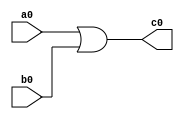
`timescale 1ns / 1ps
//////////////////////////////////////////////////////////////////////////////////
// Company: 
// 
// Design Name: Structural Modeling
// Module Name: full_subtractor
// Project Name: 
// Target Devices: 
// Tool Versions: 
// Description: 
// 
// Dependencies: 
// 
// Revision:
// Revision 0.01 - File Created
// Additional Comments:
// 
//////////////////////////////////////////////////////////////////////////////////


module or_gate(a0, b0, c0);
input a0, b0;
output c0;
assign c0 = a0 | b0;
endmodule


module xor_gate(a1, b1, c1);
input a1, b1;
output c1;
assign c1 = a1 ^ b1;
endmodule


module and_gate(a2, b2, c2);
input a2, b2;
output c2;
assign c2 = a2 & b2;
endmodule


module not_gate(a3, b3);
input a3;
output b3;
assign b3 = ~ a3;
endmodule


module half_subtractor(a4, b4, c4, d4);
input a4, b4;
output c4, d4;
wire x;
xor_gate u1(a4, b4, c4);
and_gate u2(x, b4, d4);
not_gate u3(a4, x);
endmodule


module full_subtractor(A, B, Bin, D, Bout);
input A, B, Bin;
output D, Bout;
wire p, q, r;
half_subtractor u4(A, B, p, q);
half_subtractor u5(p, Bin, D, r);
or_gate u6(q, r, Bout);
endmodule